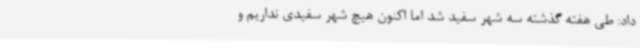
داد: طی هفته گذشته سه شهر سفید شد اما اکنون هیچ شهر سفیدی نداریم و